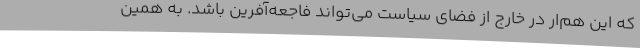
که این هم‌ار در خارج از فضای سیاست می‌تواند فاجعه‌آفرین باشد. به همین